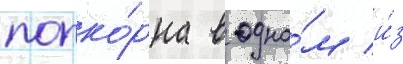
попко́рна в одно́м и́з